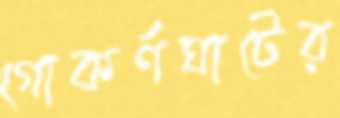
গোকর্ণঘাটের